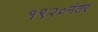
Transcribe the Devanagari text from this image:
१९२०नंतर